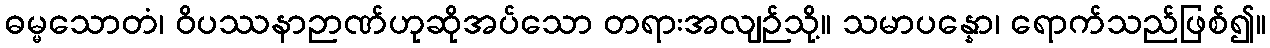
ဓမ္မသောတံ၊ ဝိပဿနာဉာဏ်ဟုဆိုအပ်သော တရားအလျဉ်သို့။ သမာပန္နော၊ ရောက်သည်ဖြစ်၍။